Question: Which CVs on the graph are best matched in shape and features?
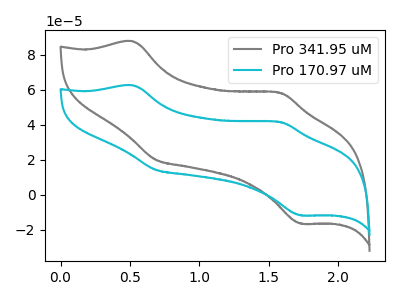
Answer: <think>The gray curve "Pro 341.95 uM" has anodic peaks at (0.50V, 87.80uA) (1.60V, 58.35uA) and cathodic peaks at (0.70V, 20.05uA) (1.75V, -16.50uA). The cyan curve "Pro 170.97 uM" has anodic peaks at (0.50V, 62.60uA) (1.60V, 41.60uA) and cathodic peaks at (0.70V, 14.30uA) (1.75V, -11.80uA).
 All the peaks in "Pro 341.95 uM" have a peak in "Pro 170.97 uM" at the same potential.</think>
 <answer>"Pro 170.97 uM" and "Pro 341.95 uM" have the same shape and are likely CV's of the same chemical.</answer>
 <eval>"Pro 170.97 uM" "Pro 341.95 uM"</eval>